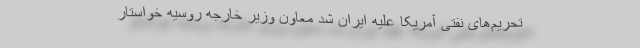
تحریم‌های نفتی آمریکا علیه ایران شد معاون وزیر خارجه روسیه خواستار